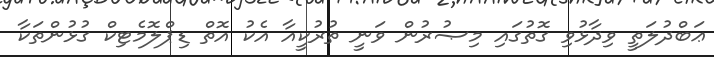
ޢަބްދުލަތީ ވިދާޅުވި ގޮތުގައި މިޞުރުން ވަނީ ތުރުކީއާ އެކު އޮތް ޑިޕްލޮމެޓިކް ގުޅުންތަކާ